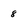
Character: 8